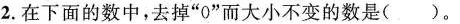
2.在下面的数中，去掉”0”而大小不变的数是( )。